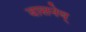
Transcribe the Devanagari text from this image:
वासनेय्